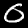
Digit: 0